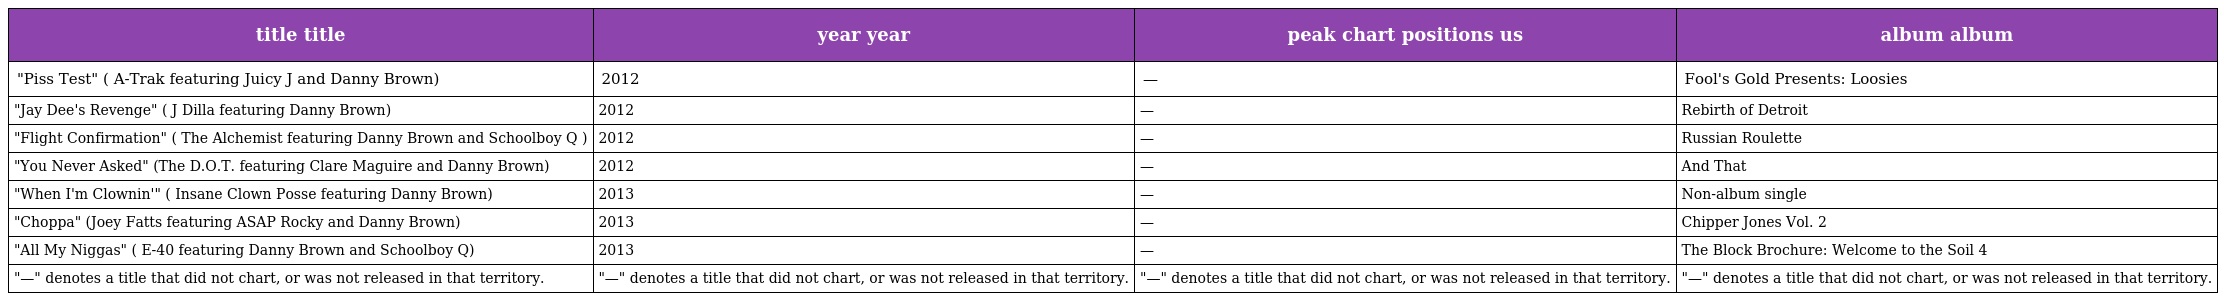
| title title | year year | peak chart positions us | album album |
 | --- | --- | --- | --- |
 | "Piss Test" ( A-Trak featuring Juicy J and Danny Brown) | 2012 | — | Fool's Gold Presents: Loosies |
 | "Jay Dee's Revenge" ( J Dilla featuring Danny Brown) | 2012 | — | Rebirth of Detroit |
 | "Flight Confirmation" ( The Alchemist featuring Danny Brown and Schoolboy Q ) | 2012 | — | Russian Roulette |
 | "You Never Asked" (The D.O.T. featuring Clare Maguire and Danny Brown) | 2012 | — | And That |
 | "When I'm Clownin'" ( Insane Clown Posse featuring Danny Brown) | 2013 | — | Non-album single |
 | "Choppa" (Joey Fatts featuring ASAP Rocky and Danny Brown) | 2013 | — | Chipper Jones Vol. 2 |
 | "All My Niggas" ( E-40 featuring Danny Brown and Schoolboy Q) | 2013 | — | The Block Brochure: Welcome to the Soil 4 |
 | "—" denotes a title that did not chart, or was not released in that territory. | "—" denotes a title that did not chart, or was not released in that territory. | "—" denotes a title that did not chart, or was not released in that territory. | "—" denotes a title that did not chart, or was not released in that territory. |